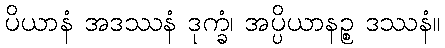
ပိယာနံ အဒဿနံ ဒုက္ခံ၊ အပ္ပိယာနဉ္စ ဒဿနံ။